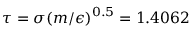
\tau = \sigma { ( m / { \epsilon } ) } ^ { 0 . 5 } = 1 . 4 0 6 2